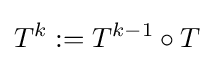
T^{k}:={}T^{k-1}\circ {T}